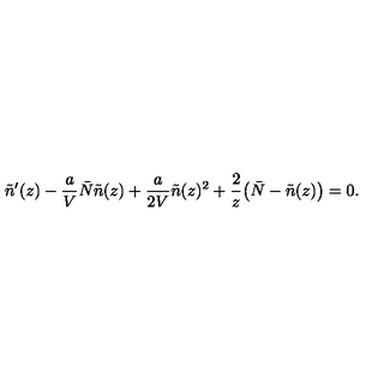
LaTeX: \tilde { n } ^ { \prime } ( z ) - { \frac { a } { V } } \bar { N } \tilde { n } ( z ) + { \frac { a } { 2 V } } \tilde { n } ( z ) ^ { 2 } + { \frac { 2 } { z } } \bigl ( \bar { N } - \tilde { n } ( z ) \bigr ) = 0 .